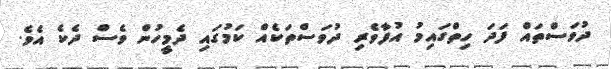
ދުވަސްތައް ފަދަ ހިތްގައިމު އުފާވެރި ދުވަސްތަކެއް ކަމުގައި ދެމީހުން ވެސް ދެކެ އެވެ.